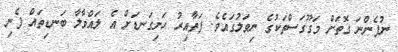
ނުފެންނަ ގޮތަށް މަގޫގަސްތަކުގެ ނިވަލުގައެވެ. ފަތާއިރު ހަށިގަނޑަށް އެ ލައްވާލާ ބަނޑިތައް ފެނި